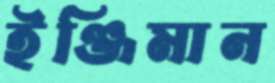
ইঞ্জিমান